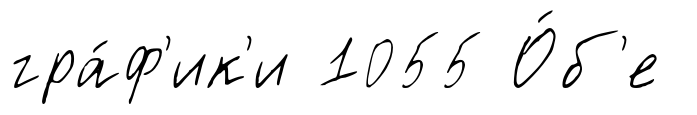
гра́ф'ик'и 1055 О́б'е